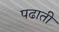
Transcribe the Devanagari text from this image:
पढाती